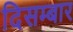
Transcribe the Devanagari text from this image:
दिसम्बार